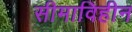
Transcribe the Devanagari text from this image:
सीमाविहीन